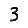
Digit: 3